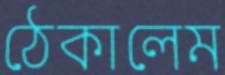
ঠেকালেম